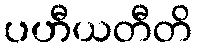
ပဟီယတီတိ